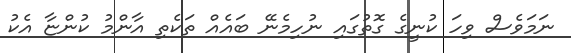
ނަމަވެސް ވިހަ ކުނީގެ ގޮތުގައި ނުހިމެނޭ ބައެއް ތަކެތި އާންމު ކުންޏާ އެކު